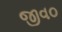
જીવ૦